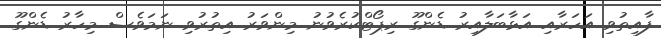
ފާއިތުވި އަހަރާއި އަޅާބަލާއިރު ޑެންގޫ ރިޕޯޓްކުރެވުނު މިންވަރު އިތުރުވި ނަމަވެސް މިހާރު ޑެންގޫ